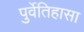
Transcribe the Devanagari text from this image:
पुर्वेतिहासा